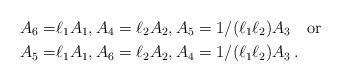
LaTeX: \begin{align*} A_6=&\ell_1A_1,A_4=\ell_2A_2, A_5=1/(\ell_1\ell_2)A_3 \quad\mathrm{or}\\A_5=&\ell_1A_1, A_6=\ell_2A_2, A_4=1/(\ell_1\ell_2)A_3\, .\end{align*}